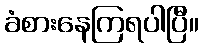
ခံစားနေကြရပါပြီ။